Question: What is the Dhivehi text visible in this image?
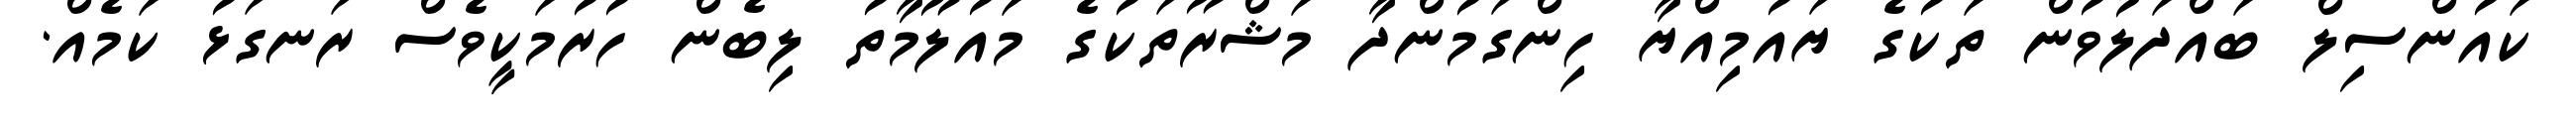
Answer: ކައުންސިލް ބައްދަލުވުން ތަކުގެ ޔައުމިއްޔާ ހިންގަމުންދާ މަޝްރޫތަކުގެ މައުލޫމާތު ލިބެން ހުރުމަކީވެސް ރަނގަޅު ކަމެއް.